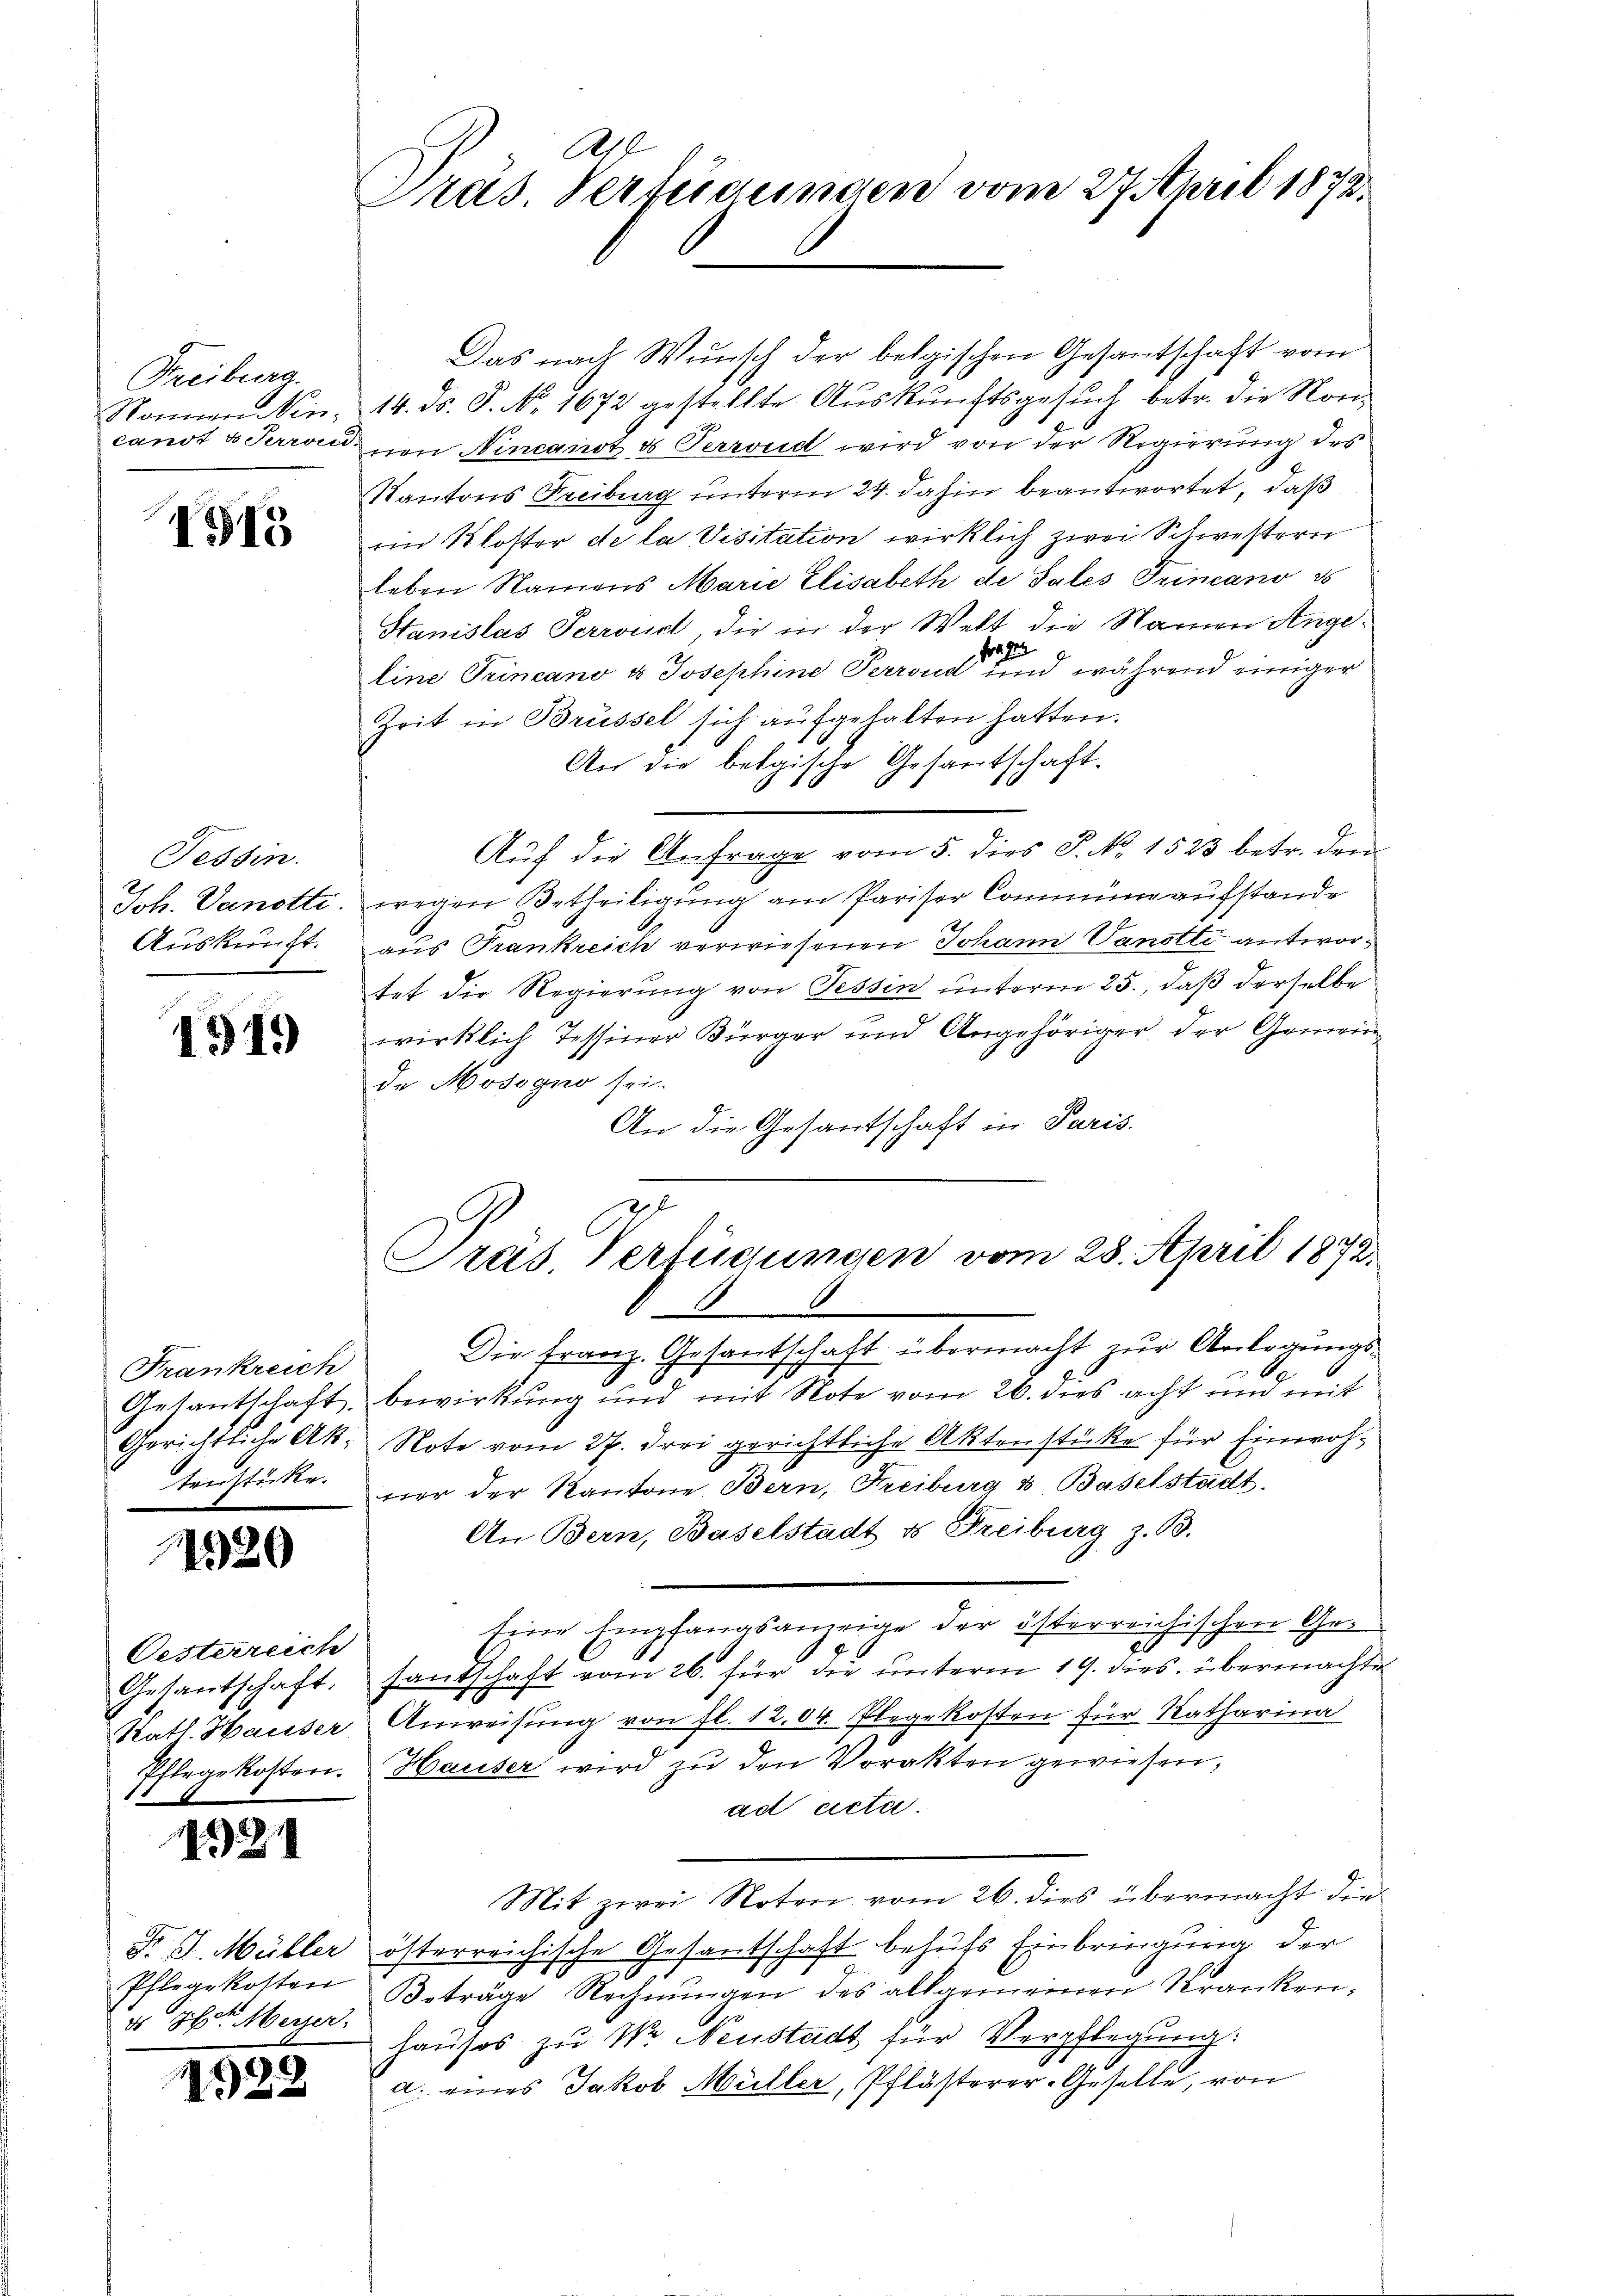
Freiburg.
Nonnen Ninlanot d Perroru

155

Tessin.
Job. Vanotte.
Auskunft.

1919)

Frankreich
Getantschaft.
Gerichtliche Ak
tenstücke.

11520

Oesterreich
Gesantschaft.
Statt. Hauser
Pflegekosten.

12) D.

Pflegekosten
do 26t Weizer.

28

Präs. Verfügungen vom 27. April 1872

Präs. Verfügungen vom 28. April 1872.

Das nach Wunsch der belgischen Gesantschaft vom
14. ds. S. No. 1672 gestellte Auskunftsgesuch betr. die Konnen Nincanot es Terrond wird von der Regierung des
Kantons Freiburg unterm 24. dahin beantwortet, daß
em Kloster de la Visitation wirklich zwei Schwestern
leben Namens Marie Elisabeth de Sales Primano es
Stanislas Terrourt, die er der Welt die Namen Ange¬
Frage
82.
line Trincano & Josephine Perrond und während einiger
Zeit in Brüssel sich aufgehalten hatten.
An die belgische Gesantschaft.
Auf die Anfrage vom 5. dies P. Nr. 1523 betr. den
wegen Betheiligung am Pariser Commune aufstande
aus Frankreich verwiesenen Johann Vanetti antwortet die Regierung von Tessin unterm 25., daß derselbe
wirklich Tessiner Bürger und Angehöriger der Gemeinde Modogno sei.
An die Gesantschaft in Paris.
Die Franz. Gesantschaft übermacht zur Anlegungsbewirkung und mit Note vom 26. dies acht und mit
Note vom 27. Frei gerichtliche Aktenstüke für Einwohner der Kantone Bern, Freiburg & Baselstadt.
An Bern, Baselstadt & Freiburg z. B.
sine Empfangsanzeige der österreichischen Gesantschaft vom 26. für die unterm 19. dies. übermachte
Anweisung von fl. 1204. Plegekosten für Katharina
Hauser wird zu den Vorakten gewiesen,
ad acta.
Mit zwei Noten vom 26. dies übermacht die
 J. Müller österreichische Gesantschaft behufs Einbringung der
Beträge Rechnŭngen des allgemeinen Kranken-
hauses zu Nr Neustadt für Verpflegung:
a. eines Jakob Müller, Pflästerer-Geselle, von